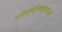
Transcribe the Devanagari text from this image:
संवेदनहीनताकर्ताओं